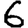
Digit: 6